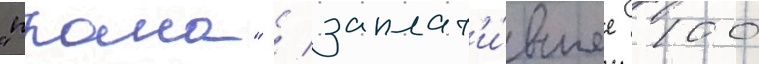
"прана" / заплат'и́вшее 100